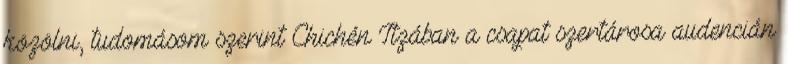
közölni, tudomásom szerint Chichén Itzában a csapat szertárosa audencián